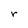
Character: r